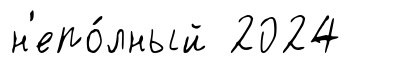
н'епо́лный 2024